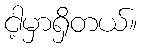
ငါ့မှာရှိတယ်။